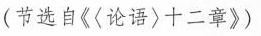
(节选自《〈论语〉十二章》)